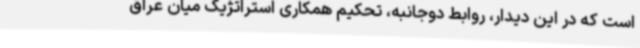
است که در این دیدار، روابط دوجانبه، تحکیم همکاری استراتژیک میان عراق